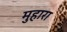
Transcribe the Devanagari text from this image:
मुहारा